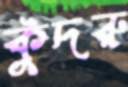
কুঁদরু